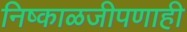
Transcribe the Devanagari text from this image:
निष्काळजीपणाही